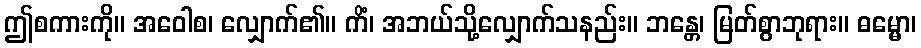
ဤစကားကို။ အဝေါစ၊ လျှောက်၏။ ကိံ၊ အဘယ်သို့လျှောက်သနည်း။ ဘန္တေ၊ မြတ်စွာဘုရား။ ဓမ္မော၊